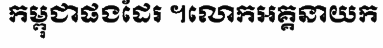
កម្ពុជាផងដែរ ។លោកអគ្គនាយក